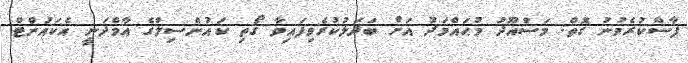
ފާސްކުރެވުނު ގޮތް: މަސްއޫދު މުޙައްމަދު އަށް ބަދަލުކުރެވިފައިވާ ގޯތި ކައުންސިލްގެ އާމްދަނީ އެކައުންޓް